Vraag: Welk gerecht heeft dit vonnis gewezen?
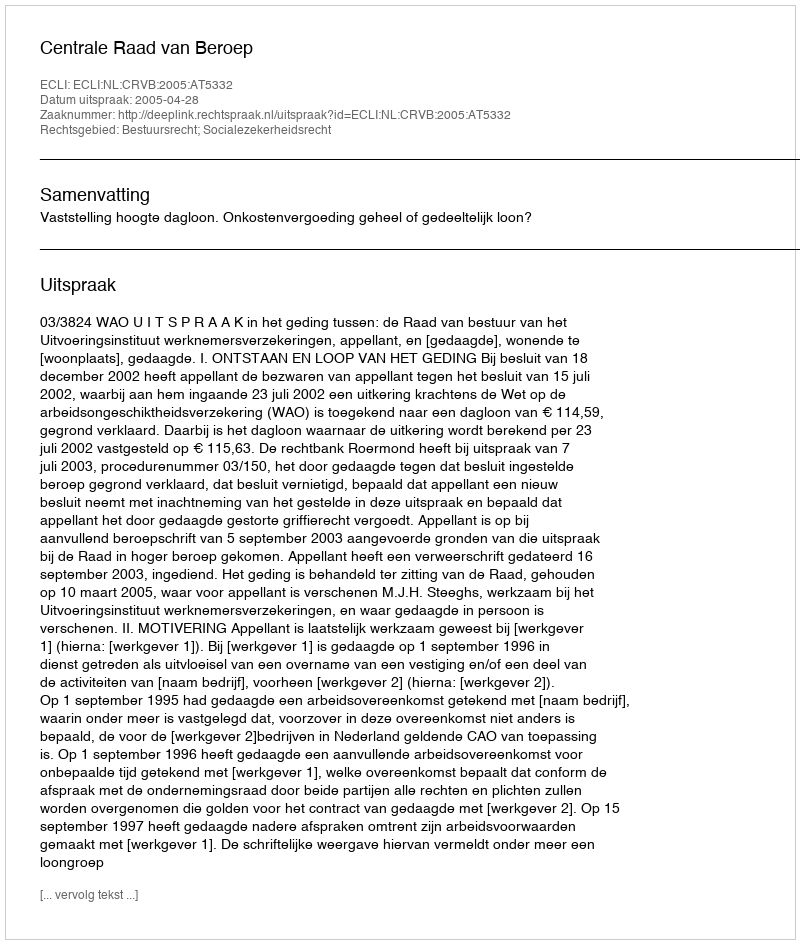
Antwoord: Centrale Raad van Beroep